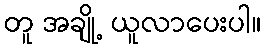
တူ အချို့ ယူလာပေးပါ။